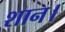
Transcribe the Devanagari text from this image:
शान।